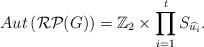
LaTeX: \begin{align*} Aut\left(\mathcal{RP}(G)\right)=\mathbb Z_2\times {\prod_{i=1}^{t}S_{\widehat{u_i}}}.\end{align*}